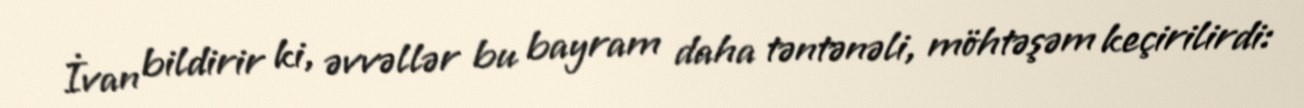
İvan bildirir ki, əvvəllər bu bayram daha təntənəli, möhtəşəm keçirilirdi: